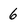
Character: 6